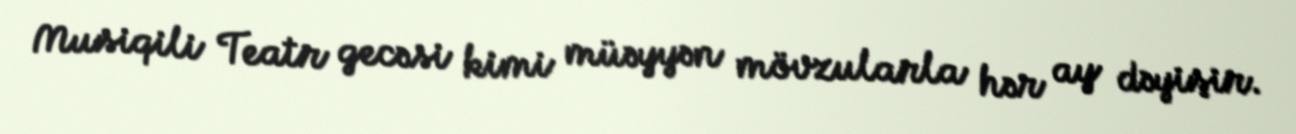
Musiqili Teatr gecəsi kimi müəyyən mövzularla hər ay dəyişir.